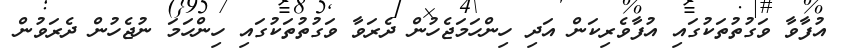
އުފާވާ ވަގުތުތަކުގައި އުފާވެރިކަން އަދި ހިންހަމަޖެހުން ދެރަވާ ވަގުތުތަކުގައި ހިންހަމަ ނުޖެހުން ދެރަވުން